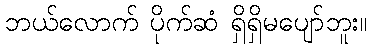
ဘယ်လောက် ပိုက်ဆံ ရှိရှိမပျော်ဘူး။